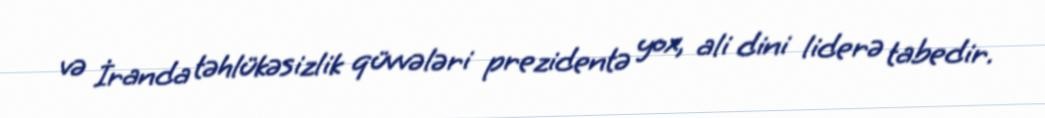
və İranda təhlükəsizlik qüvvələri prezidentə yox, ali dini liderə tabedir.